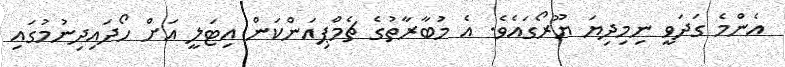
އެންމެ ގަދަވީ ނިމިދިޔަ ޔޫރޯގައެވެ. އެ މުބާރާތުގެ ޗެމްޕިއަންކަން އިޓަލީ އަށް ހޯދައިދިނުމުގައި